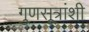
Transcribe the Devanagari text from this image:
गुणसूत्रांशी